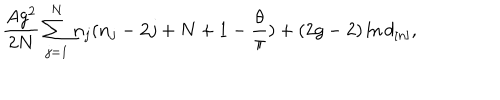
\frac { A g ^ { 2 } } { 2 N } \sum _ { j = 1 } ^ { N } n _ { j } ( n _ { j } - 2 j + N + 1 - \frac { \theta } { \pi } ) + ( 2 g - 2 ) \ln d _ { [ n ] } ,